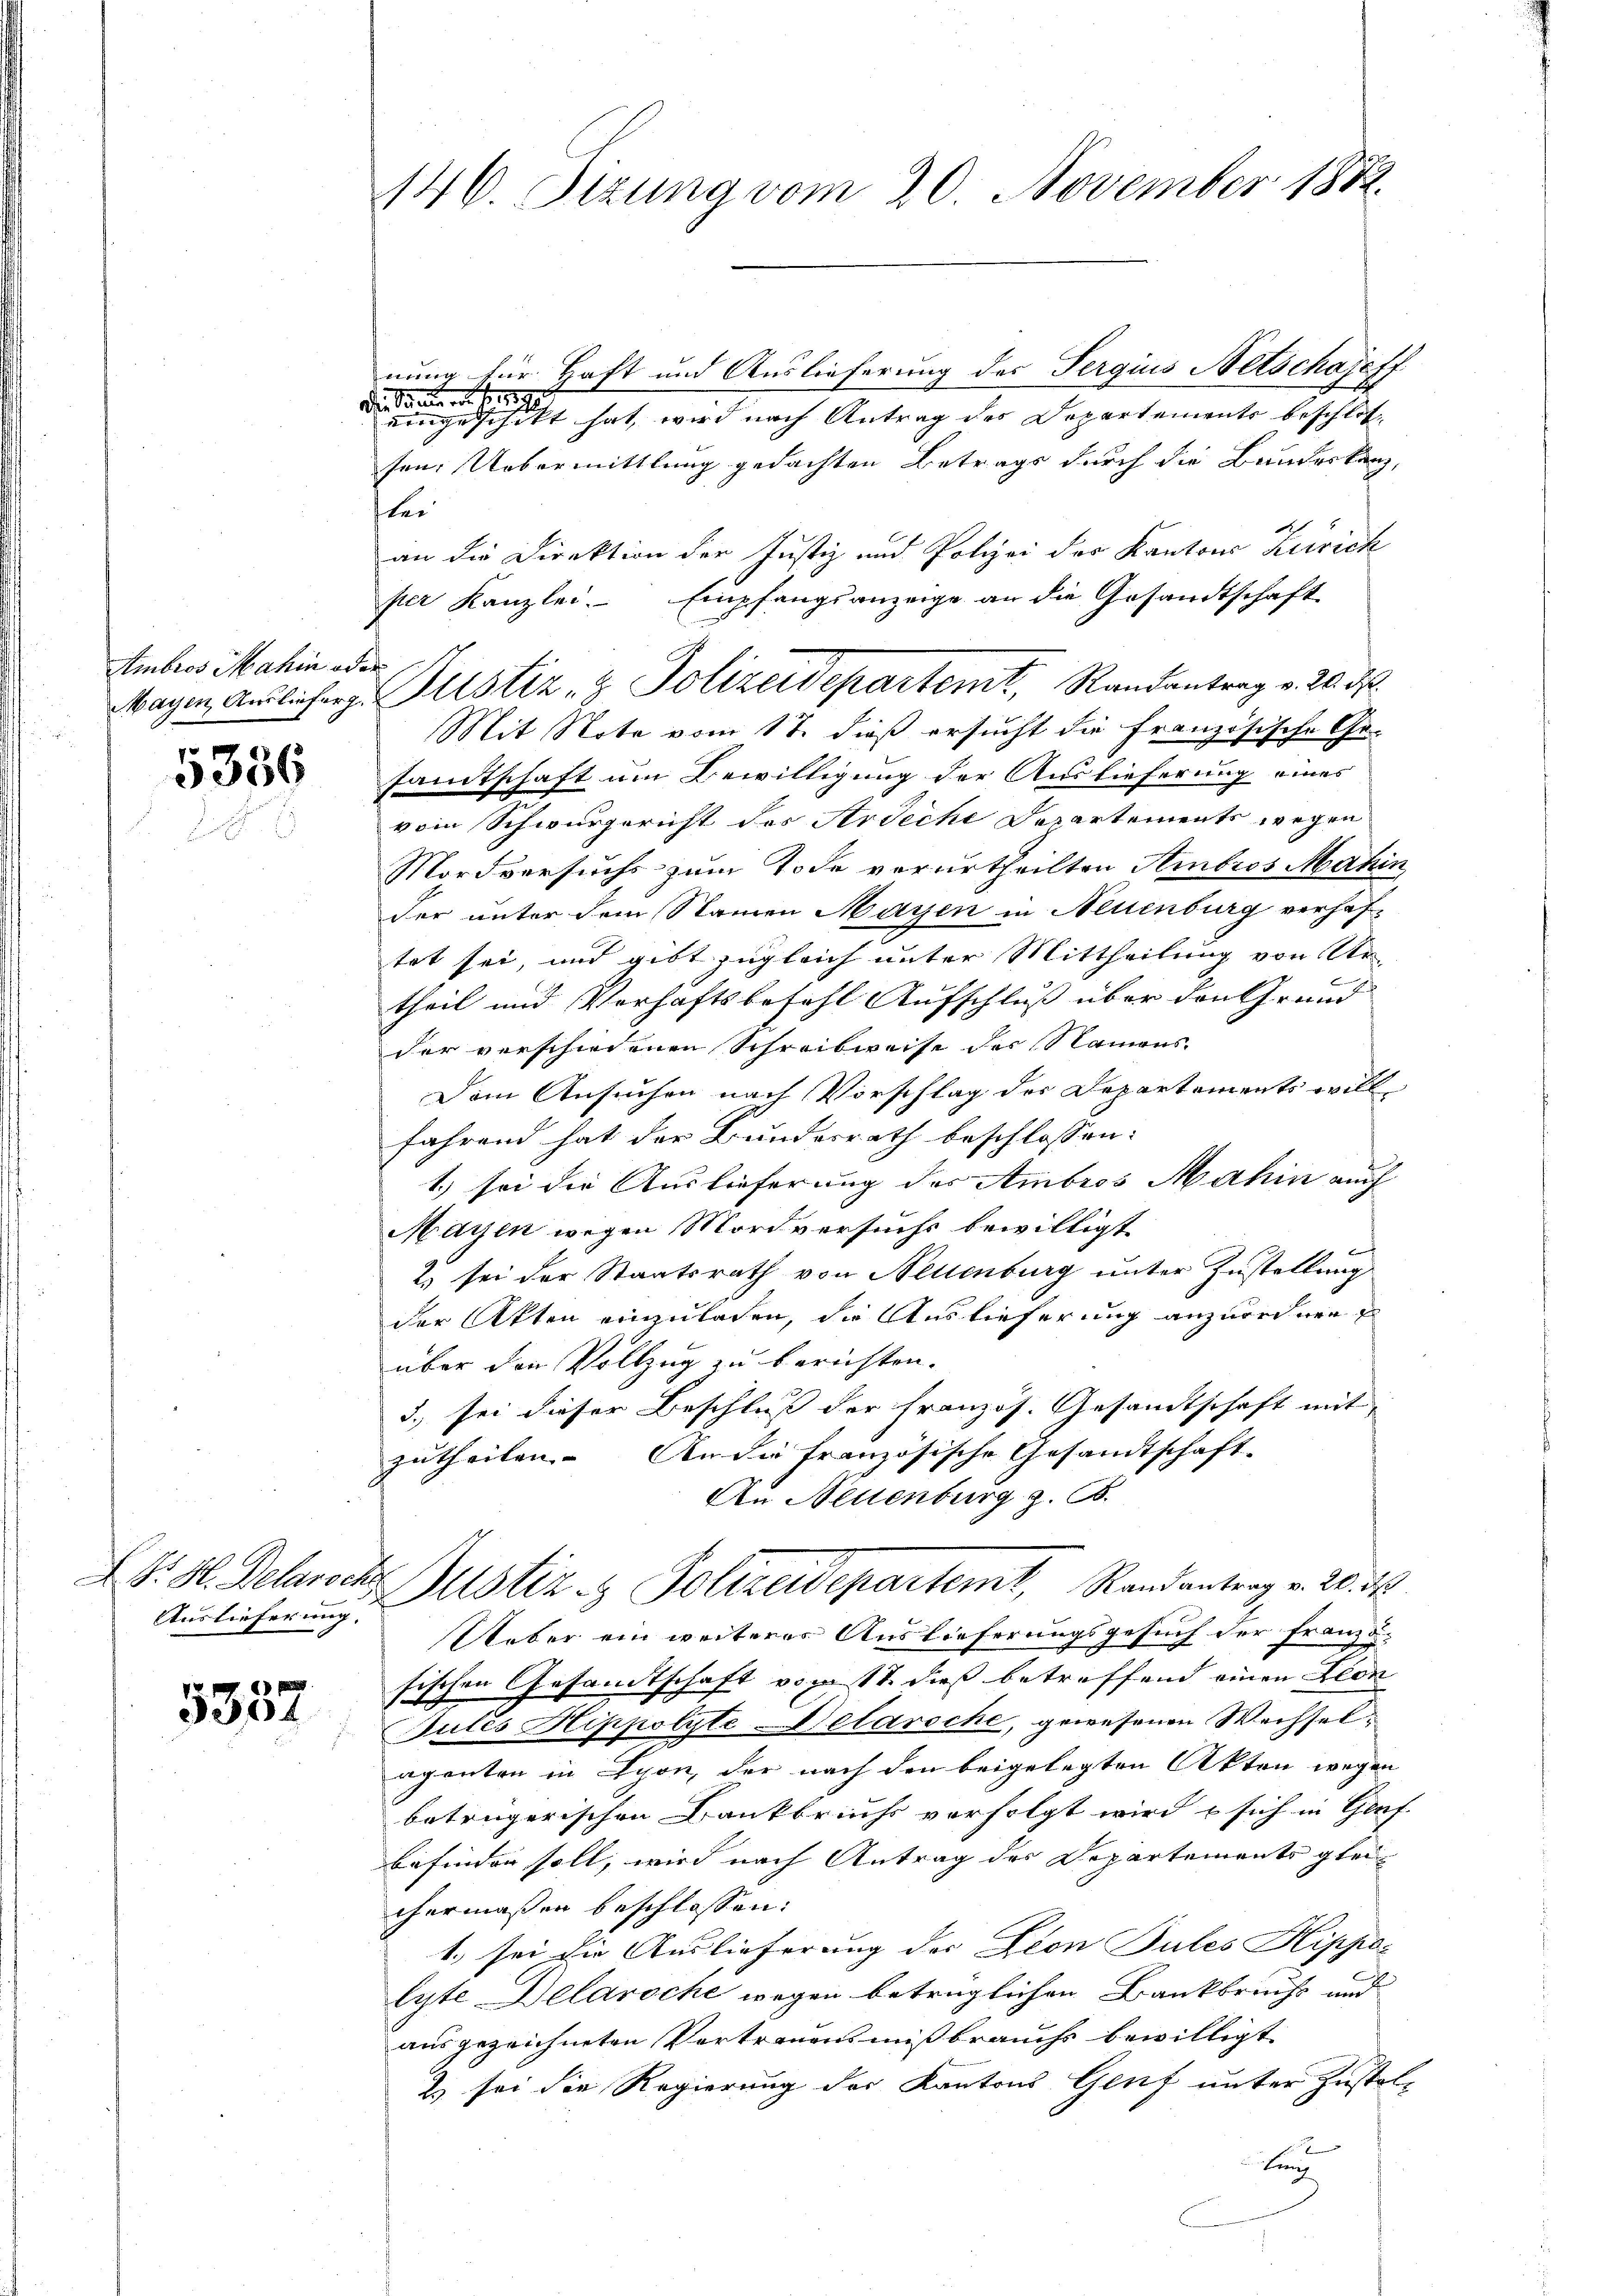
Ambros Mahin oder

5356

Auslieferung. |

5304

146. Sizung vom 20. November 1882.

nung für Haft und Auslieferung des Sergius Netschajff
Die Sanderer Be
eingeschickt hat, wird nach Antrag des Departements beschlos
sen. Uebermittlung gedachten Betrags durch die Bundeskanz,
ter
an die Direktion der Justiz und Polizei des Kantons Zürich
per Kanzlei. Empfangsanzeige an die Gesandtschaft
Mit Note vom 17. dieß ersucht die Französische Ge-
samtschaft um Bewilligung der Auslieferung eines
vom Schwurgericht des Arrecht Departements wegen
Mordversuchs zum Tode verurtheilten Ambros Mahin
der unter dem Stainen Mayen in Neuenburg verhaf-
tet sei, und gibt zugleich unter Mittheilung von Ur
theil und Verhaftsbefehl Aufschluß über den Grund
der verschiedenen Schreibweise der Namens-
Dem Ansuchen nach Vorschlag der Departements will
fährend hat der Bundesrath beschlossen:
1.) sei die Auslieferung des Ambros Mahin auch
Mayen wegen Mordversuchs bewilligt
2) sei der Staatsrath von Neuenburg unter Zustellung
der Akten einzuladen, die Auslieferung anzurechnen
über den Vollzug zu berichten.
3. sei dieser Beschluß der Französ. Gesandtschaft mit
zutheilen. An die französische Gesandtschaft-
An Neuenburg z. B.
E. H. Delaroche Justiz & Polizeidepartemt, Randantrag v. 20. d.
Ueber ein weiteres Auslieferungsgesuch der Franzö-
sischen Gesandtschaft vom 17. dieß betreffend einen Elde
Gutes Hippolyte Delarsche, gewesenen Wechselaponten in Lyon, der nach den beigelegten Akten wegen
betrügerischen Bankbruchs verfolgt wird u sich in Genf
befindern soll, wird nach Antrag des Departements glei
chermaßen beschlossen:
1. sei die Auslieferung des Dion Tules Hippas
lyte Delaroche wegen betrüglichen Bankbrecht und
ausgezeichneten Vertrauensmißbrauchs bewilligt.
Z. sei die Regierung der Kantons Genf unter Justol-
ten

Wagen Auslicher Justiz & Polizeidepartemt, Randantrag v. 20. d.